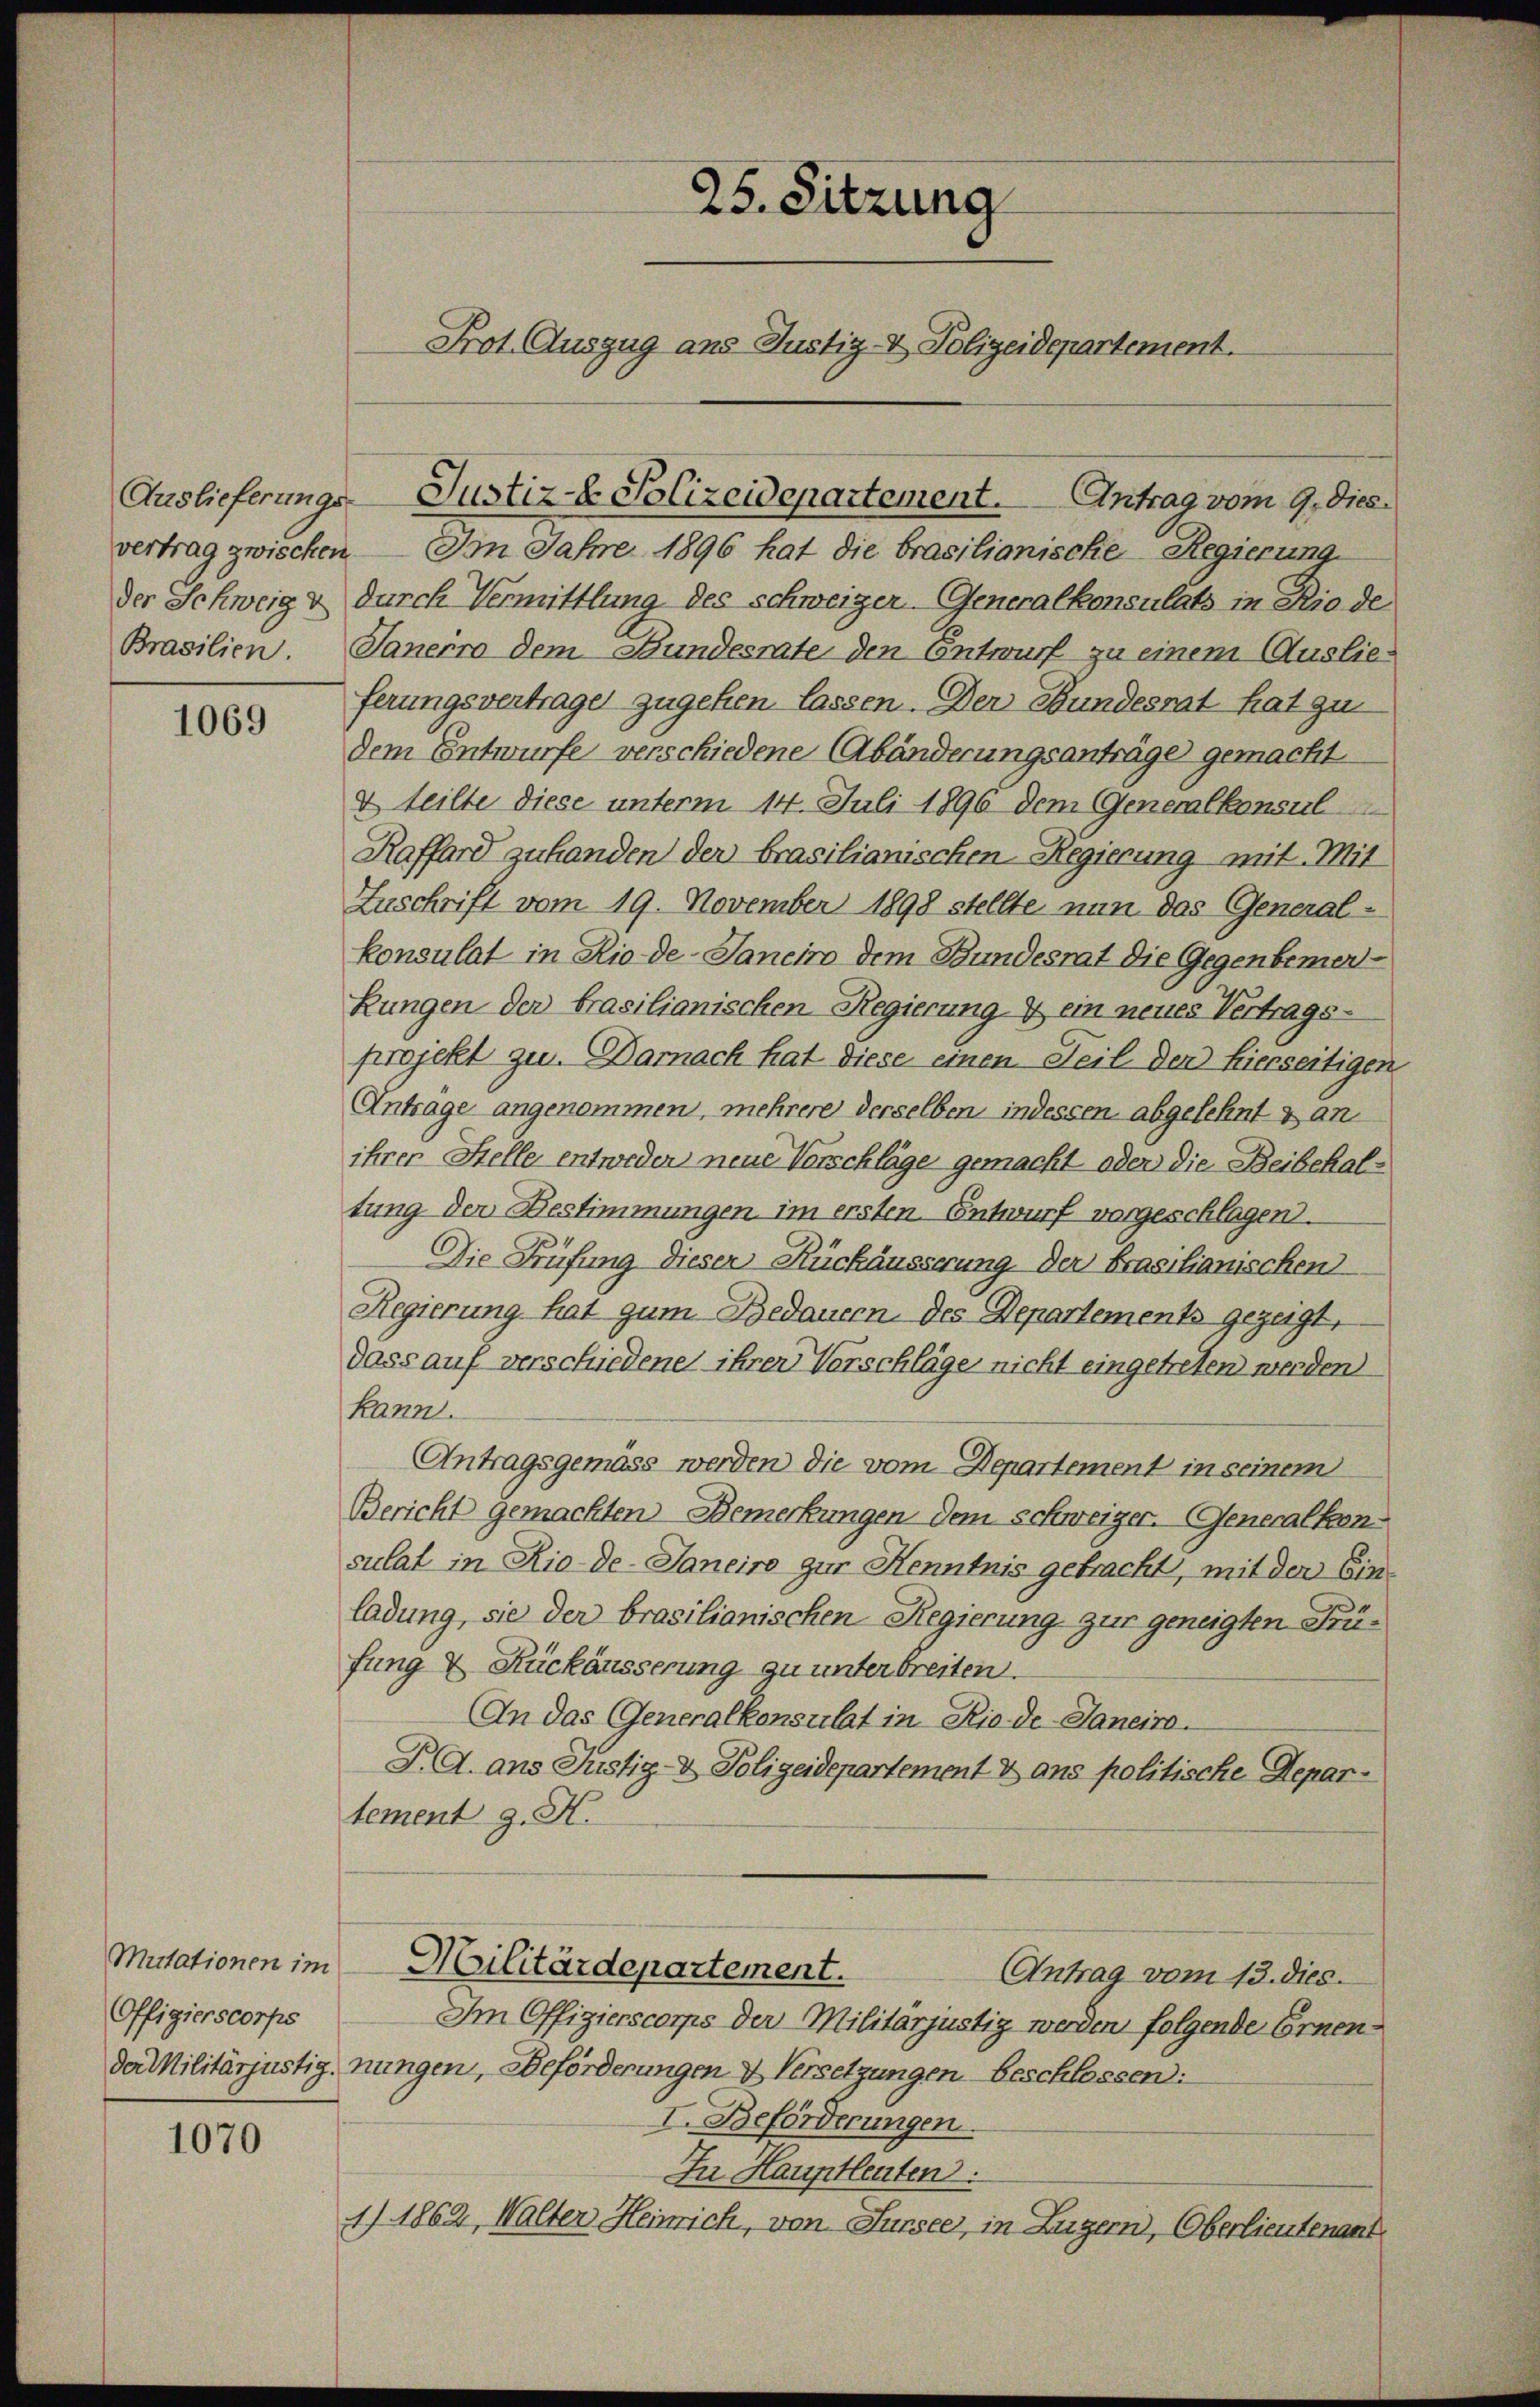
1069

Offigierscorps

1070

vertrag zwischen. Im Jahre 1896 hat die brasilianische Regierung
der Schweig & durch Vermittlung des schweizer- Generalkonsulats in Rio de
Brasilien. Janeiro dem Bundesrate den Entwurf zu einem Auslieferungsvertragen zugehen lassen. Der Bundesrat hat zu
dem Entwurfe verschiedene Abänderungsanträge gemacht.
& teilte diese unterm 14. Juli 1896 dem Generalkonsul
Raffard zuhanden der brasilianischen Regierung mit Mit
Zuschrift vom 19. November 1898 stellte nun das General-
konsulat in Rio de Janeiro dem Bundesrat die Gegenbemer
Lungen der brasilianischen Regierung 7 ein neues Vertrags-
projekt zu. Darnach hat diese einen Teil den hierseitigen
Anträge angenommen, mehrere derselben indessen abgelehnt & an
ihren Stelle entweder neue Vorschläge gemacht oder die Beibehaltung der Bestimmungen im ersten Entwurf vorgeschlagen.
Die Prüfung dieser Rückäusserung der Brasilianischen
Regierung hat gum Bedauern, des Departements gezeigt,
dass auf verschiedene ihrer Vorschläge nicht eingetreten werden
kannt
Antragsgemäss werden die vom Departement in seinem
Bericht gemachten Bemerkungen dem Schweiger. Generalkonsulat in Rio-de-Janeiro zur Kenntnis getracht, mit der Ein
ladung, sie der brasilianischen Regierung zur geneigten Prüfung & Rückäusserung zu unterbreiten.
An das Generalkonsulat in Rio de-Janeiro-
P.A. ans Justiz- & Polizeidepartement & ans politische Repar-
tement J. H.
Mutationen im Militärdepartement.
Antrag vom 13. dies
Im Offizierscorps der Militärjustig werden folgende Ernenda Militärjustig, nungen, Beförderungen & Versetzungen beschlossen:
I. Beförderungen
In Hauptleuten.
1) 1862, Walter Heinrich, von Sursee, in Luzern, Oberlieutenant

25. Sitzung
Prot. Auszug aus Justiz- & Polizeidepartement.

Auslieferungs-Justiz-E. Polizeidepartement. Antrag vom 9. Dies